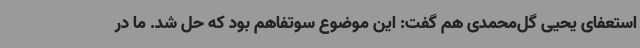
استعفای یحیی گل‌محمدی هم گفت: این موضوع سوتفاهم بود که حل شد. ما در